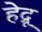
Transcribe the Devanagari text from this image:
हेद्रू